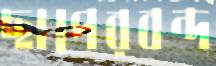
ছাপেরবন্দ